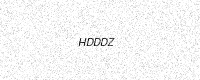
Text: HDDDZ